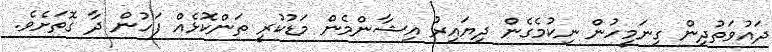
ދައުވަތުދިން ގިނަމީހުން ނިކުމެގެން ދިޔައިރު އިޝާންމެން މަޑުކުރީ ތަންކޮޅެއް ފަހުން ދާ ގޮތަށެވެ.